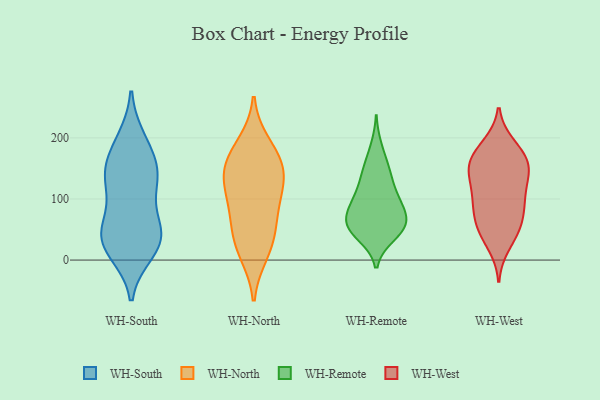
{"axis": {"x": "Energy Usage (MWh)", "y": "Value"}, "legend": ["WH-North", "WH-Remote", "WH-South", "WH-West"], "data": [{"x": "", "y": 14, "type": "WH-South"}, {"x": "", "y": 42, "type": "WH-South"}, {"x": "", "y": 142, "type": "WH-South"}, {"x": "", "y": 36, "type": "WH-South"}, {"x": "", "y": 116, "type": "WH-South"}, {"x": "", "y": 48, "type": "WH-South"}, {"x": "", "y": 65, "type": "WH-South"}, {"x": "", "y": 24, "type": "WH-South"}, {"x": "", "y": 186, "type": "WH-South"}, {"x": "", "y": 155, "type": "WH-South"}, {"x": "", "y": 196, "type": "WH-South"}, {"x": "", "y": 133, "type": "WH-South"}, {"x": "", "y": 136, "type": "WH-South"}, {"x": "", "y": 31, "type": "WH-South"}, {"x": "", "y": 26, "type": "WH-North"}, {"x": "", "y": 12, "type": "WH-North"}, {"x": "", "y": 117, "type": "WH-North"}, {"x": "", "y": 48, "type": "WH-North"}, {"x": "", "y": 189, "type": "WH-North"}, {"x": "", "y": 156, "type": "WH-North"}, {"x": "", "y": 71, "type": "WH-North"}, {"x": "", "y": 97, "type": "WH-North"}, {"x": "", "y": 166, "type": "WH-North"}, {"x": "", "y": 129, "type": "WH-North"}, {"x": "", "y": 149, "type": "WH-North"}, {"x": "", "y": 151, "type": "WH-Remote"}, {"x": "", "y": 65, "type": "WH-Remote"}, {"x": "", "y": 50, "type": "WH-Remote"}, {"x": "", "y": 40, "type": "WH-Remote"}, {"x": "", "y": 109, "type": "WH-Remote"}, {"x": "", "y": 140, "type": "WH-Remote"}, {"x": "", "y": 104, "type": "WH-Remote"}, {"x": "", "y": 39, "type": "WH-Remote"}, {"x": "", "y": 186, "type": "WH-Remote"}, {"x": "", "y": 80, "type": "WH-Remote"}, {"x": "", "y": 113, "type": "WH-Remote"}, {"x": "", "y": 69, "type": "WH-Remote"}, {"x": "", "y": 150, "type": "WH-Remote"}, {"x": "", "y": 54, "type": "WH-Remote"}, {"x": "", "y": 79, "type": "WH-Remote"}, {"x": "", "y": 63, "type": "WH-Remote"}, {"x": "", "y": 94, "type": "WH-Remote"}, {"x": "", "y": 52, "type": "WH-Remote"}, {"x": "", "y": 151, "type": "WH-West"}, {"x": "", "y": 113, "type": "WH-West"}, {"x": "", "y": 64, "type": "WH-West"}, {"x": "", "y": 148, "type": "WH-West"}, {"x": "", "y": 184, "type": "WH-West"}, {"x": "", "y": 158, "type": "WH-West"}, {"x": "", "y": 108, "type": "WH-West"}, {"x": "", "y": 24, "type": "WH-West"}, {"x": "", "y": 89, "type": "WH-West"}, {"x": "", "y": 47, "type": "WH-West"}, {"x": "", "y": 57, "type": "WH-West"}, {"x": "", "y": 189, "type": "WH-West"}, {"x": "", "y": 179, "type": "WH-West"}, {"x": "", "y": 145, "type": "WH-West"}, {"x": "", "y": 41, "type": "WH-West"}, {"x": "", "y": 79, "type": "WH-West"}, {"x": "", "y": 155, "type": "WH-West"}, {"x": "", "y": 115, "type": "WH-West"}, {"x": "", "y": 152, "type": "WH-West"}, {"x": "", "y": 89, "type": "WH-West"}]}